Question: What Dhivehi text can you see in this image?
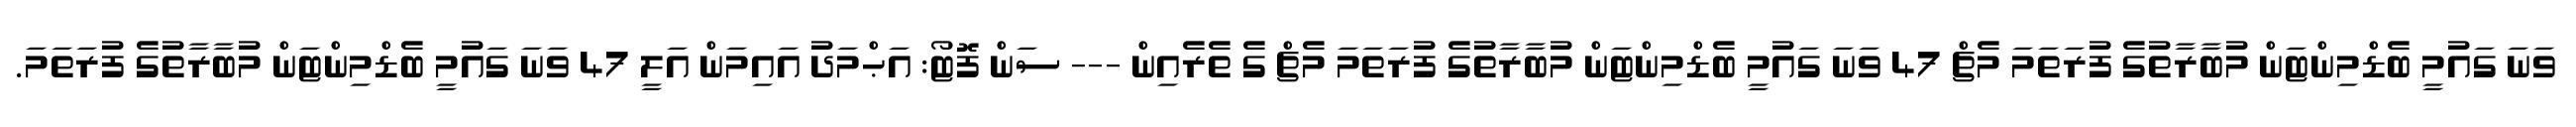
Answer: ވަނަ ގައުމީ ބެޑްމިންޓަން މުބާރާތުގެ ފުރަތަމަ މެޗް 47 ވަނަ ގައުމީ ބެޑްމިންޓަން މުބާރާތުގެ ފުރަތަމަ މެޗް ގެ ތެރެއިން --- ސަން ފޮޓޯ: އަޙްމަދު އައިމަން އަލީ 47 ވަނަ ގައުމީ ބެޑްމިންޓަން މުބާރާތުގެ ފުރަތަމަ.